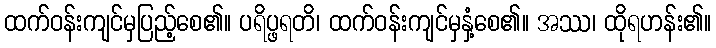
ထက်ဝန်းကျင်မှပြည့်စေ၏။ ပရိပ္ဖရတိ၊ ထက်ဝန်းကျင်မှနှံ့စေ၏။ အဿ၊ ထိုရဟန်း၏။